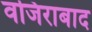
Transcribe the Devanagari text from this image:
वजिराबाद